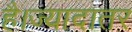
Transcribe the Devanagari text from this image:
है।ज्यादातर